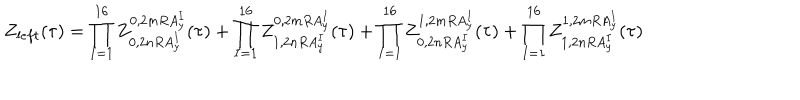
Z _ { l e f t } ( \tau ) = \prod _ { I = 1 } ^ { 1 6 } Z _ { 0 , 2 n R A _ { y } ^ { I } } ^ { 0 , 2 m R A _ { y } ^ { I } } ( \tau ) + \prod _ { I = 1 } ^ { 1 6 } Z _ { 1 , 2 n R A _ { y } ^ { I } } ^ { 0 , 2 m R A _ { y } ^ { I } } ( \tau ) + \prod _ { I = 1 } ^ { 1 6 } Z _ { 0 , 2 n R A _ { y } ^ { I } } ^ { 1 , 2 m R A _ { y } ^ { I } } ( \tau ) + \prod _ { I = 1 } ^ { 1 6 } Z _ { 1 , 2 n R A _ { y } ^ { I } } ^ { 1 , 2 m R A _ { y } ^ { I } } ( \tau )